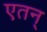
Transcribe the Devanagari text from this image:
एतन्‌